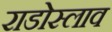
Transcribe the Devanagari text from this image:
राडोस्लाव